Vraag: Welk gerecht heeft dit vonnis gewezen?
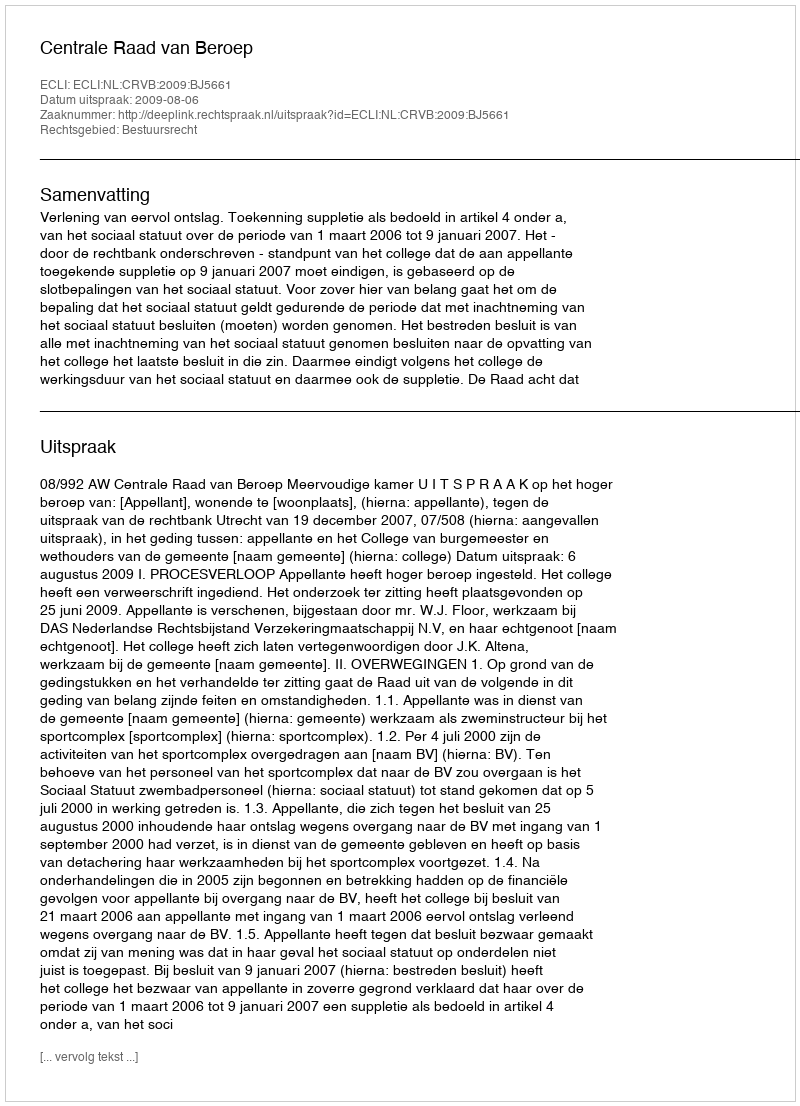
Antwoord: Centrale Raad van Beroep